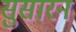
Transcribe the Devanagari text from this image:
सुसारन